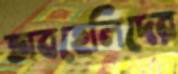
অবহেলিদের